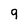
Character: 9